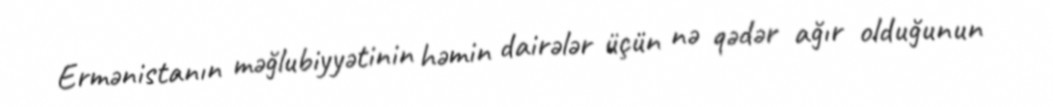
Ermənistanın məğlubiyyətinin həmin dairələr üçün nə qədər ağır olduğunun